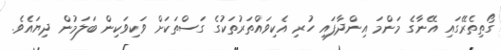
ގޯތިތެރޭގައި އޭނާގެ މަންމަ އިންދާފައި ހުރި އެކިވައްތަރުތަކުގެ ގަސްތަކަށް ވަކިވަކިން ބަލަމުން ދިޔައެވެ.